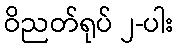
ဝိညတ်ရုပ် ၂-ပါး